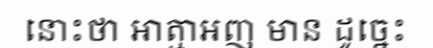
នោះថា អាត្មាអញ មាន ដូច្នេះ